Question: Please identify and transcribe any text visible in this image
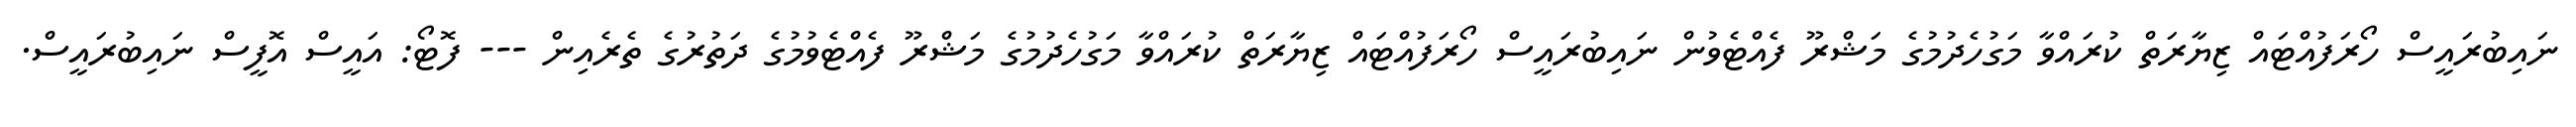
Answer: ނައިބުރައީސް ހޯރަފުއްޓައް ޒިޔާރަތް ކުރައްވާ މަގުހެދުމުގެ މަޝްރޫ ފެއްޓެވުން ނައިބުރައީސް ހޯރަފުއްޓައް ޒިޔާރަތް ކުރައްވާ މަގުހެދުމުގެ މަޝްރޫ ފެއްޓެވުމުގެ ދަތުރުގެ ތެރެއިން --- ފޮޓޯ: އައީސް އޮފީސް ނައިބުރައީސް.